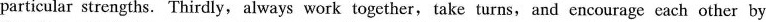
particular strengths. Thirdly, always work together,take turns, and encourage each other by